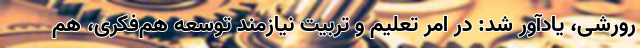
رورشی، یادآور شد: در امر تعلیم و تربیت نیازمند توسعه هم‌فکری، هم‌